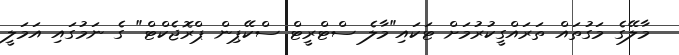
މާލޭގެ މަގުތައް ތަރައްގީކުރުމަށް ޓަކައި"މާލެ ސްޓްރީޓް ސްކޭޕިން ޕްރޮޖެކްޓް" ގެ ނަމުގައި އަމަލީ